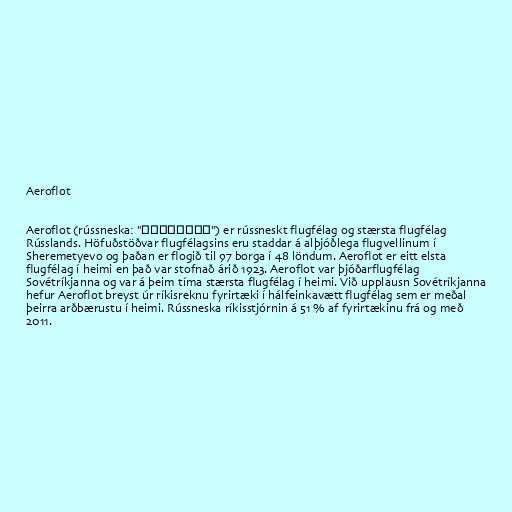
Aeroflot

Aeroflot (rússneska: "Аэрофлот") er rússneskt flugfélag og stærsta flugfélag
Rússlands. Höfuðstöðvar flugfélagsins eru staddar á alþjóðlega flugvellinum í
Sheremetyevo og þaðan er flogið til 97 borga í 48 löndum. Aeroflot er eitt elsta
flugfélag í heimi en það var stofnað árið 1923. Aeroflot var þjóðarflugfélag
Sovétríkjanna og var á þeim tíma stærsta flugfélag í heimi. Við upplausn Sovétríkjanna
hefur Aeroflot breyst úr ríkisreknu fyrirtæki í hálfeinkavætt flugfélag sem er meðal
þeirra arðbærustu í heimi. Rússneska ríkisstjórnin á 51 % af fyrirtækinu frá og með
2011.